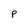
Character: P